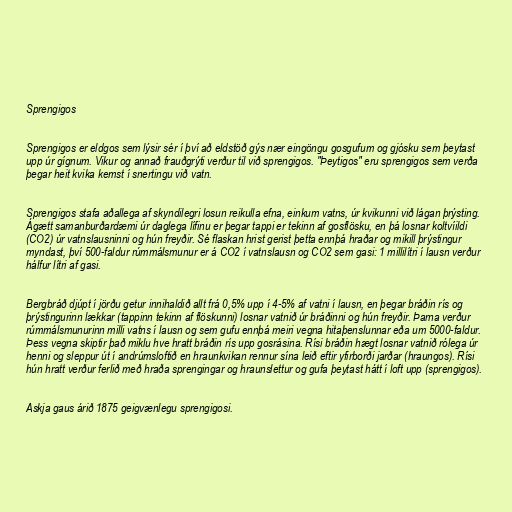
Sprengigos

Sprengigos er eldgos sem lýsir sér í því að eldstöð gýs nær eingöngu gosgufum og gjósku sem þeytast
upp úr gígnum. Vikur og annað frauðgrýti verður til við sprengigos. "Þeytigos" eru sprengigos sem verða
þegar heit kvika kemst í snertingu við vatn.

Sprengigos stafa aðallega af skyndilegri losun reikulla efna, einkum vatns, úr kvikunni við lágan þrýsting.
Ágætt samanburðardæmi úr daglega lífinu er þegar tappi er tekinn af gosflösku, en þá losnar koltvíildi
(CO2) úr vatnslausninni og hún freyðir. Sé flaskan hrist gerist þetta ennþá hraðar og mikill þrýstingur
myndast, því 500-faldur rúmmálsmunur er á CO2 í vatnslausn og CO2 sem gasi: 1 millilítri í lausn verður
hálfur lítri af gasi.

Bergbráð djúpt í jörðu getur innihaldið allt frá 0,5% upp í 4-5% af vatni í lausn, en þegar bráðin rís og
þrýstingurinn lækkar (tappinn tekinn af flöskunni) losnar vatnið úr bráðinni og hún freyðir. Þarna verður
rúmmálsmunurinn milli vatns í lausn og sem gufu ennþá meiri vegna hitaþenslunnar eða um 5000-faldur.
Þess vegna skiptir það miklu hve hratt bráðin rís upp gosrásina. Rísi bráðin hægt losnar vatnið rólega úr
henni og sleppur út í andrúmsloftið en hraunkvikan rennur sína leið eftir yfirborði jarðar (hraungos). Rísi
hún hratt verður ferlið með hraða sprengingar og hraunslettur og gufa þeytast hátt í loft upp (sprengigos).

Askja gaus árið 1875 geigvænlegu sprengigosi.